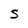
Character: S